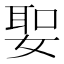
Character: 𡞺